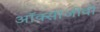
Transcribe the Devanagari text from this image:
ऑक्सीजीवी